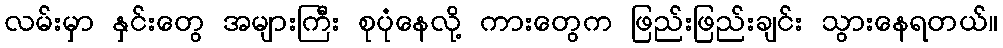
လမ်းမှာ နှင်းတွေ အများကြီး စုပုံနေလို့ ကားတွေက ဖြည်းဖြည်းချင်း သွားနေရတယ်။